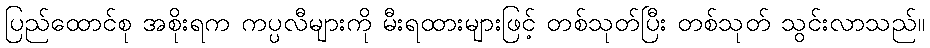
ပြည်ထောင်စု အစိုးရက ကပ္ပလီများကို မီးရထားများဖြင့် တစ်သုတ်ပြီး တစ်သုတ် သွင်းလာသည်။